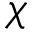
\chi